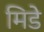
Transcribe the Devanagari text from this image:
मिडे